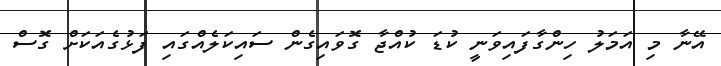
އޭނާ މި އަމަލު ހިންގާފައިވަނީ ކުޑަ ކުއްޖާ ގޮވައިގެން ސައިކަލެއްގައި ފަޅުގެއަކަށް ގޮސް